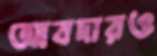
আবদারও